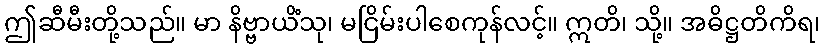
ဤဆီမီးတို့သည်။ မာ နိဗ္ဗာယိံသု၊ မငြိမ်းပါစေကုန်လင့်။ ဣတိ၊ သို့။ အဓိဋ္ဌတိကိရ၊